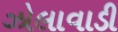
ઝોલાવાડી